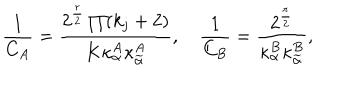
{ \frac { 1 } { C _ { A } } } = \frac { 2 ^ { \frac { r } { 2 } } \prod ( k _ { j } + 2 ) } { K \kappa _ { \alpha } ^ { A } \kappa _ { \widetilde { \alpha } } ^ { A } } , \quad { \frac { 1 } { C _ { B } } } = \frac { 2 ^ { \frac { r } { 2 } } } { \kappa _ { \alpha } ^ { B } \kappa _ { \widetilde { \alpha } } ^ { B } } ,